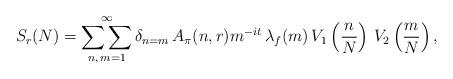
LaTeX: \begin{align*}S_r(N)&=\mathop{\mathop{\sum\sum}_{\substack{n, \,m =1 }}^{\infty}} \delta_{n=m}\,A_{\pi}(n,r)m^{-it}\,\lambda_f(m)\,V_1\left(\frac{n}{N}\right)\,V_2\left(\frac{m}{N}\right),\end{align*}